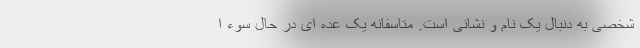
شخصی به دنبال یک نام و نشانی است. متاسفانه یک عده ای در حال سوء ا